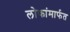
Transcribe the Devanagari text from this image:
लोकांमार्फत